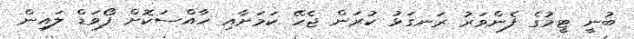
ބުނީ ޓީމުގެ ފެންވަރު ރަނގަޅު ކުރަން ޖެހޭ ކަމަށާއި ހާއްސަކޮށް ފޯވަޑް ލައިން